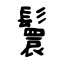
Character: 鬟